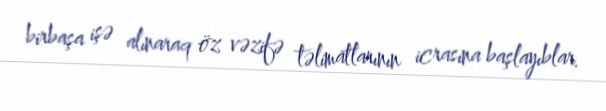
birbaşa işə alınaraq öz vəzifə təlimatlarının icrasına başlayıblar.